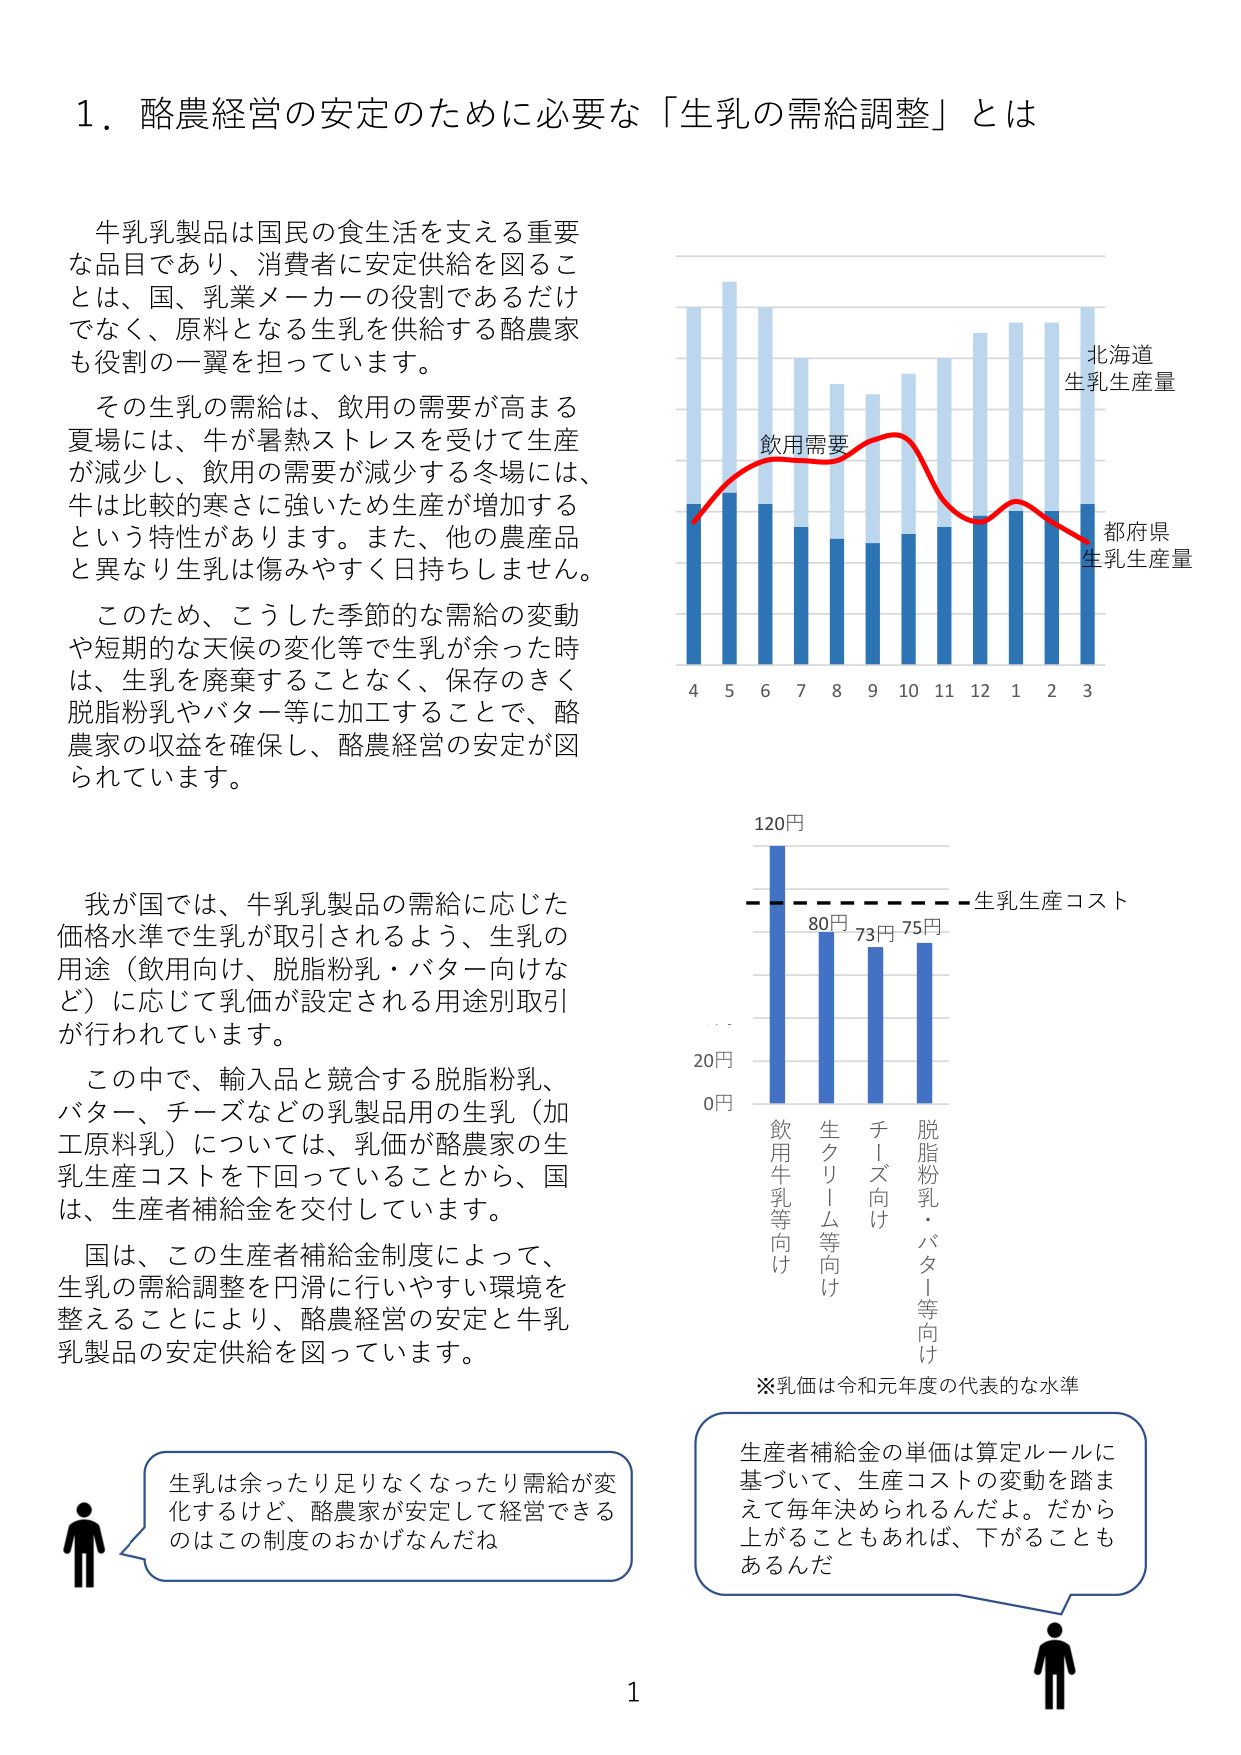
1. 酪農経営の安定のために必要な「生乳の需給調整」とは

牛乳乳製品は国民の食生活を支える重要な品目であり、消費者に安定供給を図ることは、国、乳業メーカーの役割であるだけでなく、原料となる生乳を供給する酪農家も役割の一翼を担っています。

その生乳の需給は、飲用の需要が高まる夏場には、牛が暑熱ストレスを受けて生産が減少し、飲用の需要が減少する冬場には、牛は比較的寒さに強いため生産が増加するという特性があります。また、他の農産品と異なり生乳は傷みやすく日持ちしません。

このため、こうした季節的な需給の変動や短期的な天候の変化等で生乳が余った時は、生乳を廃棄することなく、保存のきく脱脂粉乳やバター等に加工することで、酪農家の収益を確保し、酪農経営の安定が図られています。

我が国では、牛乳乳製品の需給に応じた価格水準で生乳が取引されるよう、生乳の用途（飲用向け、脱脂粉乳・バター向けなど）に応じて乳価が設定される用途別取引が行われています。

この中で、輸入品と競合する脱脂粉乳、バター、チーズなどの乳製品用の生乳（加工原料乳）については、乳価が酪農家の生乳生産コストを下回っていることから、国は、生産者補給金を交付しています。

国は、この生産者補給金制度によって、生乳の需給調整を円滑に行いやすい環境を整えることにより、酪農経営の安定と牛乳乳製品の安定供給を図っています。

※乳価は令和元年度の代表的な水準

北海道
生乳生産量

都府県
生乳生産量

飲用需要

4 5 6 7 8 9 10 11 12 1 2 3

120円
80円 73円 75円
生乳生産コスト

20円
0円

飲用牛乳等向け
生クリーム等向け
チーズ向け
脱脂粉乳・バター等向け

生乳は余ったり足りなくなったり需給が変化するけど、酪農家が安定して経営できるのはこの制度のおかげなんだね

生産者補給金の単価は算定ルールに基づいて、生産コストの変動を踏まえて毎年決められるんだよ。だから上がることもあれば、下がることもあるんだ

1